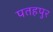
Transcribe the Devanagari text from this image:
पतहपुर